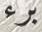
برء